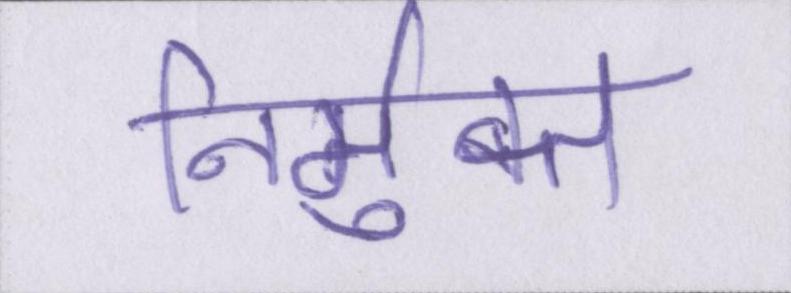
निर्मुक्त